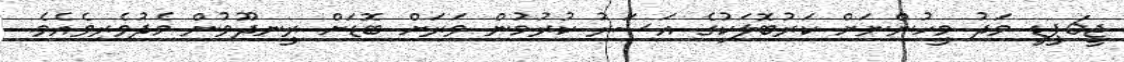
ޖީ6ޕީޑީ މަދު މީހުންނަށް ކަރުބޮލަކުގެ އަސަރު ކުރުމުން ވަރަށް ބޮޑަށް ރީނދޫވުން މެދުވެރިވެއެވެ.